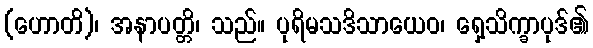
(ဟောတိ)၊ အနာပတ္တိ၊ သည်။ ပုရိမသဒိသာယေဝ၊ ရှေ့သိက္ခာပုဒ်၏